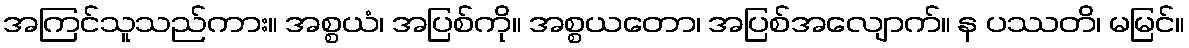
အကြင်သူသည်ကား။ အစ္စယံ၊ အပြစ်ကို။ အစ္စယတော၊ အပြစ်အလျောက်။ န ပဿတိ၊ မမြင်။